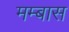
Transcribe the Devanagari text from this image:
मम्बास